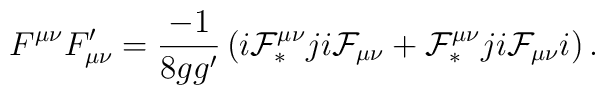
F^{\mu\nu}F'_{\mu\nu} = \frac{-1}{8gg'} \left(i{\cal F}_{\ast}^{\mu\nu} ji {\cal F}_{\mu\nu}+ {\cal F}_{\ast}^{\mu\nu} ji {\cal F}_{\mu\nu} i \right).